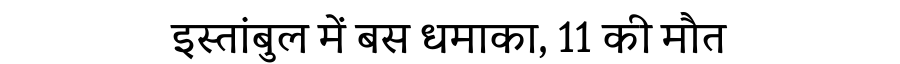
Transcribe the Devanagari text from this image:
इस्तांबुल में बस धमाका, 11 की मौत